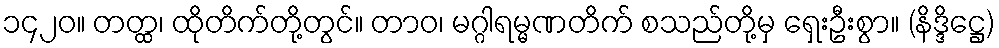
၁၄၂၀။ တတ္ထ၊ ထိုတိက်တို့တွင်။ တာဝ၊ မဂ္ဂါရမ္မဏတိက် စသည်တို့မှ ရှေးဦးစွာ။ (နိဒ္ဒိဋ္ဌေ)